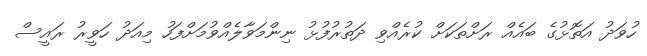
ހުވަދު އަތޮޅުގެ ބައެއް ރަށްތަކަށް ކުރެއްވި ދަތުރުފުޅު ނިންމަވާލެއްވުމަށްފަހު މިއަދު ހަވީރު ރައީސް